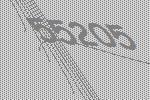
55205